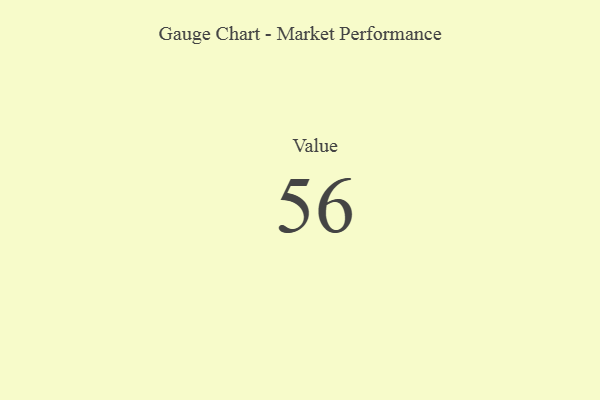
{"axis": {"x": "Metric", "y": "Value"}, "legend": [""], "data": [{"x": "Value", "y": 56, "type": ""}]}